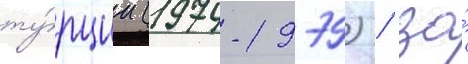
ту́рции (1974-1979) / за́